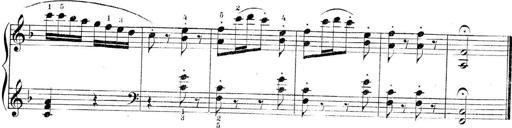
Title: 3 Piano Sonatinas
Composer: Paul Zilcher
Key: C major; G major; F major